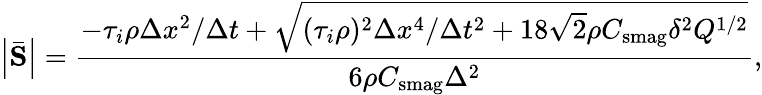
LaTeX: \left|\bar{\mathbf{S}}\right|=\frac{-\tau_{i}\rho\Delta x^{2}/\Delta t+\sqrt{(\tau_{i}\rho)^{2}\Delta x^{4}/\Delta t^{2}+18\sqrt{2}\rho C_{\mathrm{smag}}\delta^{2}Q^{1/2}}}{6\rho C_{\mathrm{smag}}\Delta^{2}},